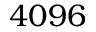
4 0 9 6